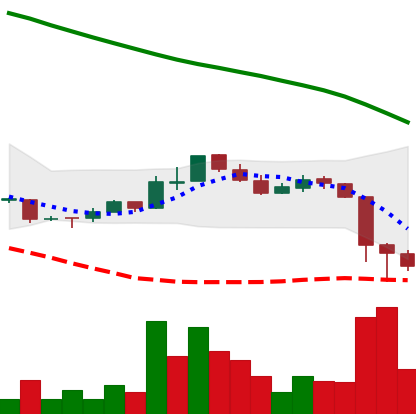
Ticker: ADA-USD
Chart end date: 2018-11-16
Forward return: -21.865%
Label: down_7plus